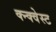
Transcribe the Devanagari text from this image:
क्न्क्वेस्ट